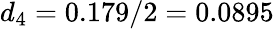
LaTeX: d_{4}=0.179/2=0.0895